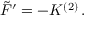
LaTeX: { \tilde { \cal F } } ^ { \prime } = - { \cal K } ^ { ( 2 ) } \, .